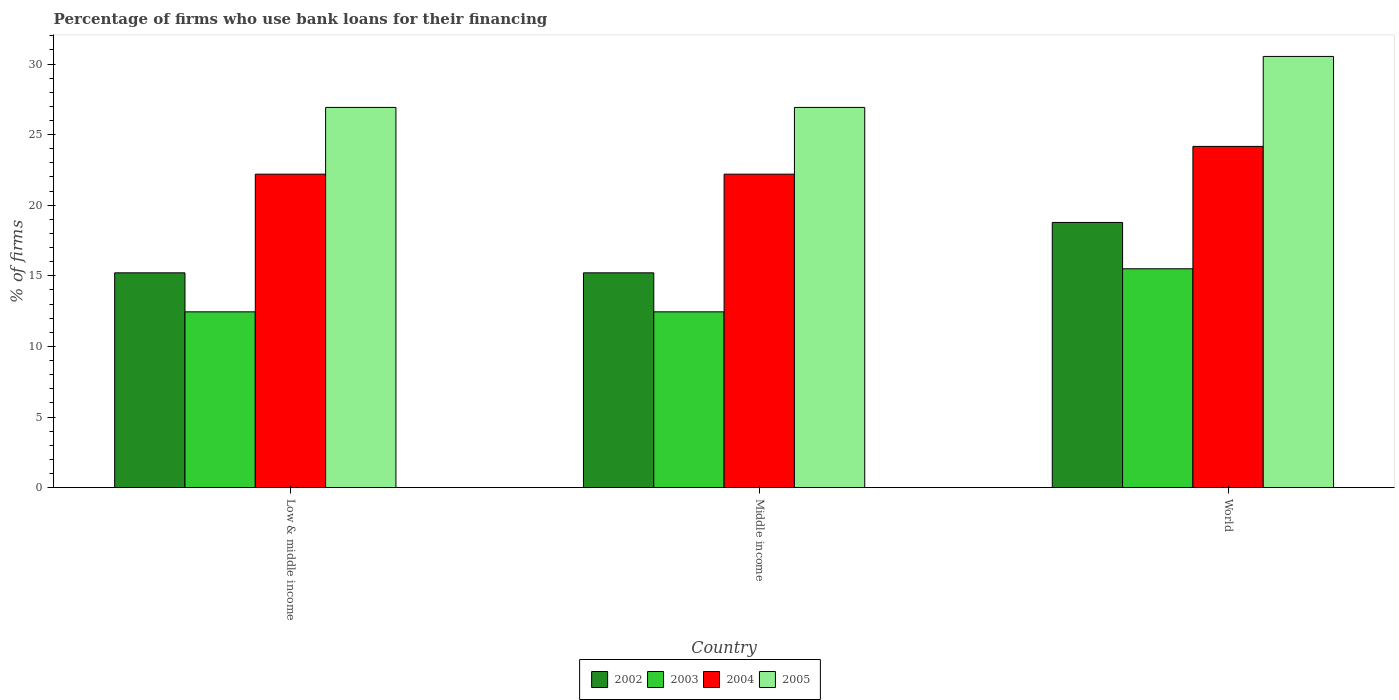
| Country | 2002 | 2003 | 2004 | 2005 |
 | --- | --- | --- | --- | --- |
 | Low & middle income | 15.2 | 12.4 | 22.2 | 26.9 |
 | Middle income | 15.2 | 12.4 | 22.2 | 26.9 |
 | World | 18.8 | 15.5 | 24.2 | 30.5 |